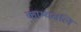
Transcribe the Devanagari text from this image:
काम्यबलि